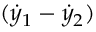
( { \dot { y } } _ { 1 } - { \dot { y } } _ { 2 } )